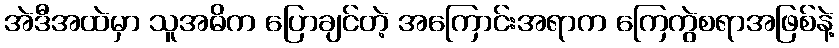
အဲဒီအထဲမှာ သူအဓိက ပြောချင်တဲ့ အကြောင်းအရာက ကြေကွဲစရာအဖြစ်နဲ့